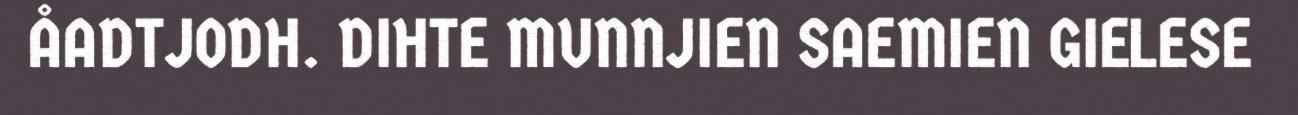
ÅADTJODH. DIHTE MUNNJIEN SAEMIEN GIELESE